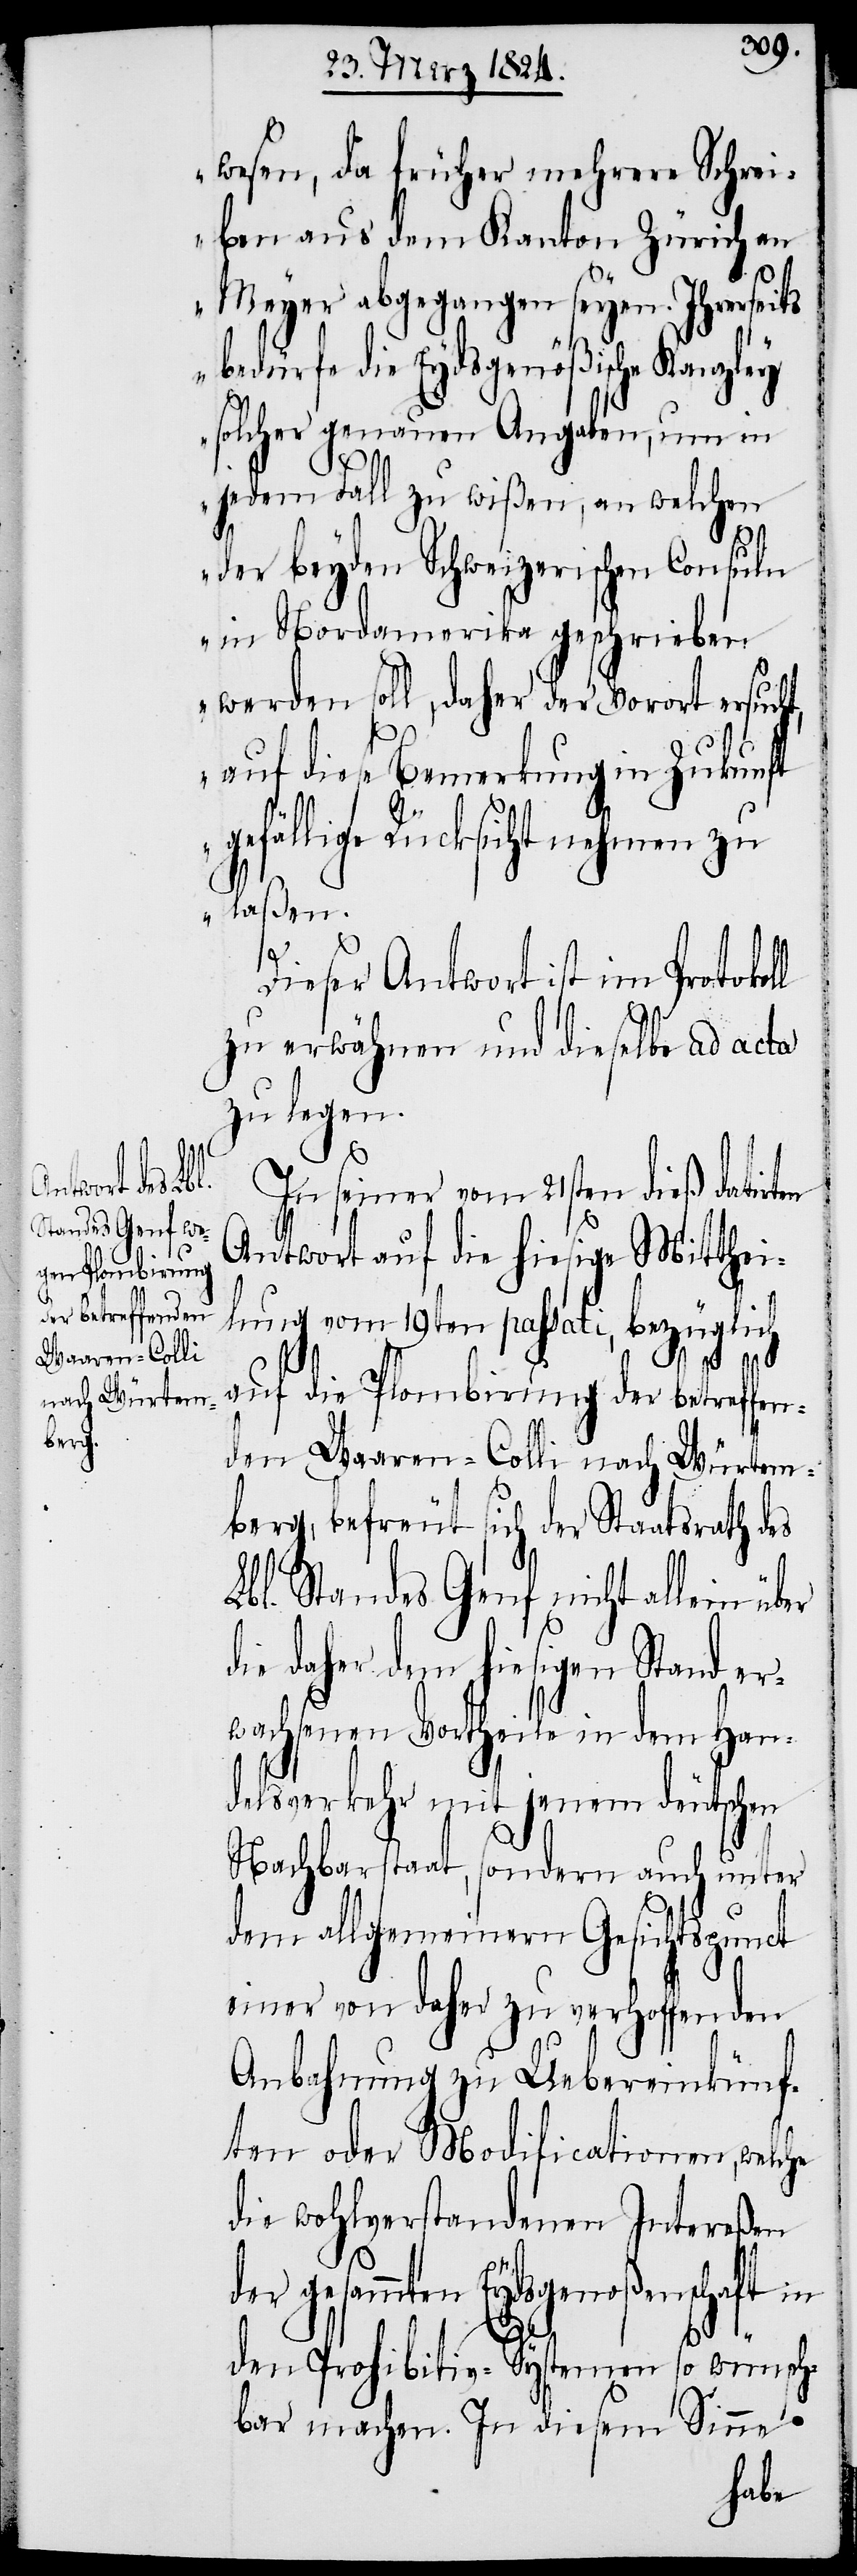
wesen, da früher mehrere Schrei¬
ben aus dem Kanton Zürich an
Meyer abgegangen seyen. Ihrerseits
bedürfe die Eydsgenößische Kanzley
solcher genauen Angaben, um in
jedem Fall zu wißen, an welchen
der beyden Schweizerischen Consule
in Nordamerika geschrieben
werden soll, daher der Vorort ersuch¬
auf diese Bemerkung in Zukunft
efällige Rücksicht nehmen zu
laßen.“
Dieser Antwort ist im Protokol¬
zu erwähnen und dieselbe ad acta
zu legen.
In seiner vom 21sten dieß datirt¬
Antwort auf hiesige Mitthei¬
lung vom 19ten passati, bezüglich
auf die Plombirung der betreffen¬
den Waaren-Colli nach Würtem¬
berg, befreut sich der Staatsrath des
Lbl. Standes Genf nicht allein über
die daher dem hiesigen Stand er¬
wachsenen Vortheile in dem Han¬
delsverkehr mit jenem deutschen
Nachbarstaat, sondern auch unter
dem allgemeinen Gesichtspunct
einer von daher zu verhoffenden
Anbahnung zu Uebereinkünf¬
ten oder Modificationen, welche
die wohlverstandenen Intereßen
en
gesammten Eydsgenoßenschaft in
den Prohibitiv-Systemen so wünsch¬
bar machen. In diesem Sinne